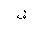
Letter: _qaf